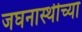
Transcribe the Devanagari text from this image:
जघनास्थीच्या